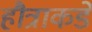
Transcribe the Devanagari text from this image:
हौत्राकडे